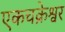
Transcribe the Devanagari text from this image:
एकचक्रेश्वर